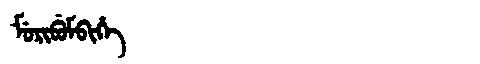
Manchu: ᠮᡠᡵᡳᠪᡠᠮᠪᡳᡥᡝ
Romanization: MURIBUMBIHE